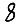
Digit: 8